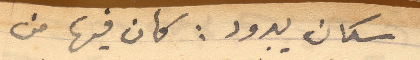
سكان يبرود: كان فيها من